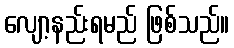
လျော့နည်းရမည် ဖြစ်သည်။